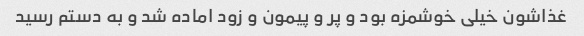
غذاشون خیلی خوشمزه بود و پر و پیمون و زود اماده شد و به دستم رسید